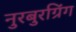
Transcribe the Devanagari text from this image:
नुरबुरग्रिंग